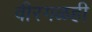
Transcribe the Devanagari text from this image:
वीरगळही